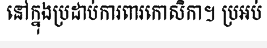
នៅក្នុងប្រដាប់ការពារកោសិកា។ ប្រអប់